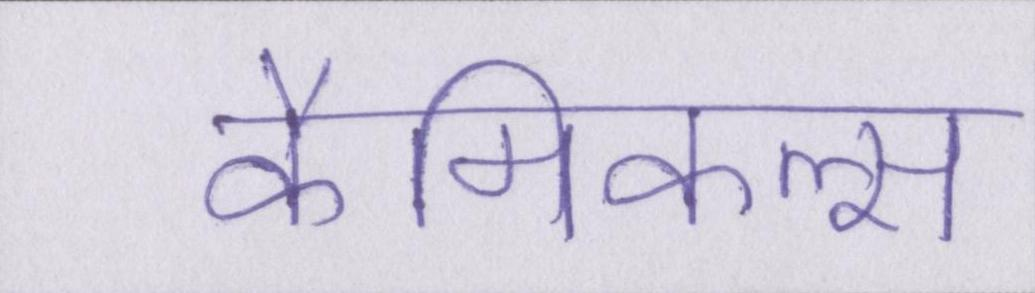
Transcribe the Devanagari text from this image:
कैमिकल्स